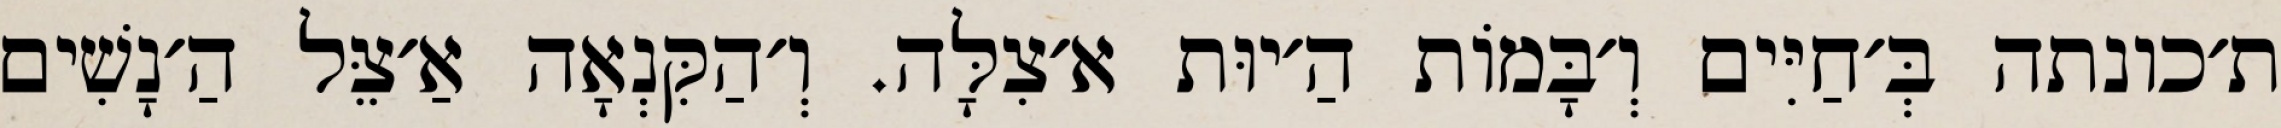
ת׳כונתה בְּ׳חַיִּים וְ׳בָּמוֹת הַ׳יוּת א׳צִלָּה. וְ׳הַקִּנְאָה אַ׳צֵּל הַ׳נָשִׁים